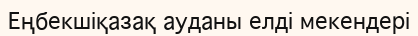
Еңбекшіқазақ ауданы елді мекендері